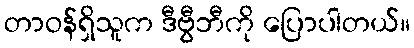
တာဝန်ရှိသူက ဒီဗွီဘီကို ပြောပါတယ်။